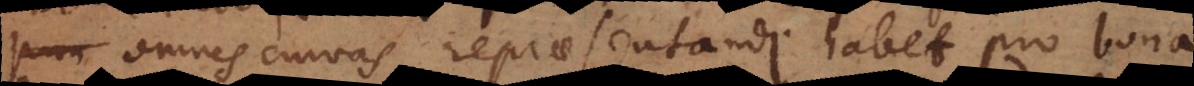
omnes curvas repraesentandi habet pro bona